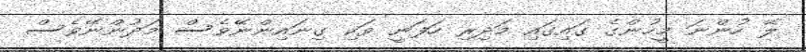
ލޭ ހުންނަ މީހުންގެ ގައިގައި މަދިރި ހަފަނީ ވަކި ގިނައިންނޭވެސް މަދުންނޭވެސް